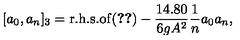
[ a _ { 0 } , a _ { n } ] _ { 3 } = \mathrm { r . h . s . o f } ( \ref { e x p l i c i t } ) - { \frac { 1 4 . 8 0 } { 6 g A ^ { 2 } } } { \frac { 1 } { n } } a _ { 0 } a _ { n } ,